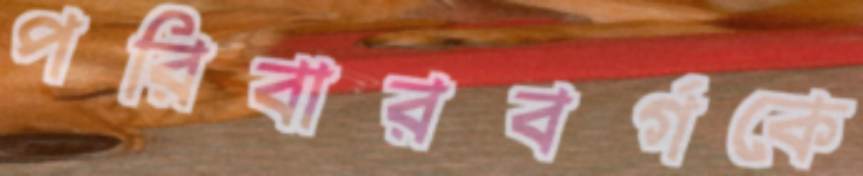
পরিবারবর্গকে